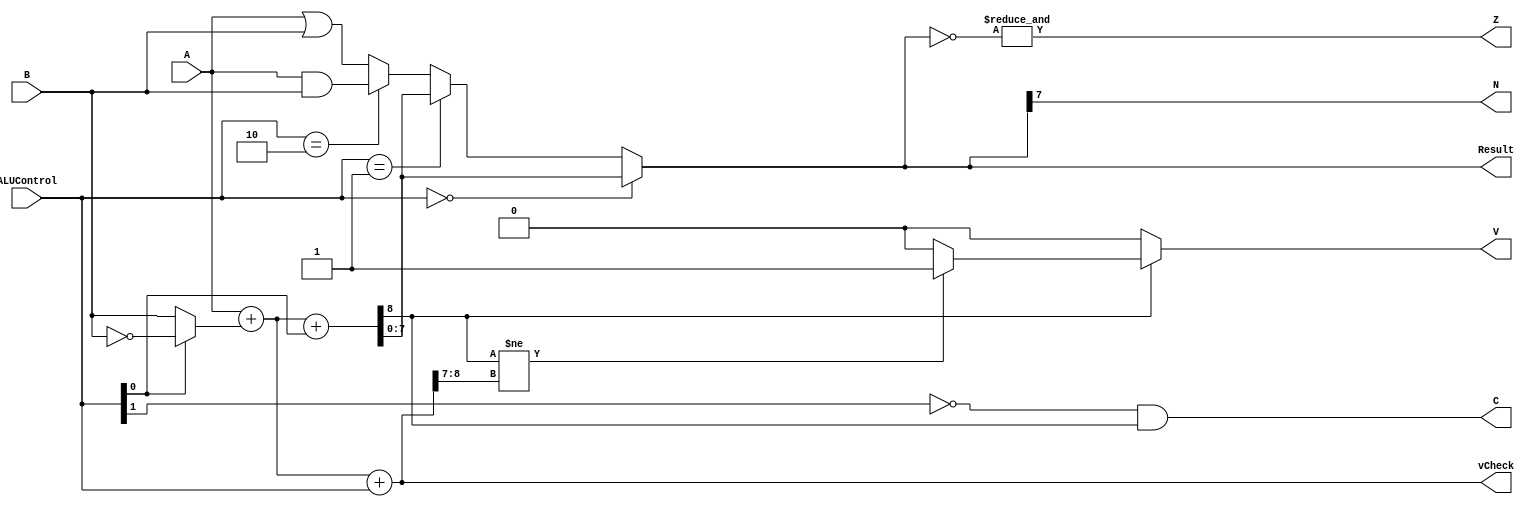
module ALU4(A, B, ALUControl, Result, Z, N, C, V, vCheck);

    // inputs
    input [7:0] A, B;
    input [1:0] ALUControl;

    // outputs
    output [7:0] Result;
    output Z,N,C,V;
    output [8:0] vCheck;


    // interim wires
    wire [7:0] A_and_B, A_or_B, not_B, Mux1, Sum, Mux2;
    wire ctrl1_not, Cout_and;
    wire xor_A_Sum, xnor_A_B_ctrl0, over_And, Cout;

    // Logic Designing
    // And, Or
    assign A_and_B = A & B;
    assign A_or_B = A | B;
    // Not
    assign not_B = ~B;
    // 2x1 Mux
    assign Mux1 = (ALUControl[0] == 1'b1) ? not_B : B;
    // Addition / Subtraction
    assign {Cout, Sum} = A + Mux1 + ALUControl[0];
    assign vCheck = A + Mux1 + ALUControl;
    //4x2 Mux
    assign Mux2 = (ALUControl[1:0] == 2'b00) ? Sum :
                  (ALUControl[1:0] == 2'b01) ? Sum :
                  (ALUControl[1:0] == 2'b10) ? A_and_B : A_or_B;
            
    // Result Output
    assign Result = Mux2;

    // Flags Outputs
    // for zero checking
    assign Z = &(~Result);
    // for negative checking
    assign N = Result[7];
    //for carry checking
    assign ctrl1_not = (~ALUControl[1]);
    assign Cout_and = ctrl1_not & Cout;
    assign C = Cout_and;
    // for overflow checking
    // assign xor_A_Sum = Sum[7] ^ A[7];
    // assign xnor_A_B_ctrl0 = ~(A[7] ^ B[7] ^ ALUControl[0]);
    // assign over_And = ctrl1_not & xor_A_Sum & xnor_A_B_ctrl0;
    // assign V = over_And;

    assign V = (Cout == 1'b0) ? 1'b0 : (Cout != vCheck[8:7]) ? 1'b1 : 1'b0;

endmodule